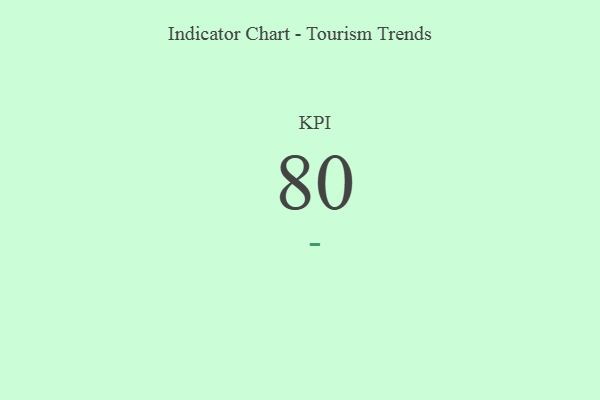
{"axis": {"x": "KPI", "y": "Value"}, "legend": [""], "data": [{"x": "KPI", "y": 80, "type": ""}]}